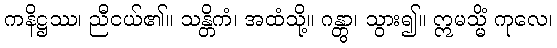
ကနိဋ္ဌဿ၊ ညီငယ်၏။ သန္တိကံ၊ အထံသို့။ ဂန္တွာ၊ သွား၍။ ဣမသ္မိံ ကုလေ၊